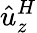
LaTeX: \hat{u}_{z}^{H}